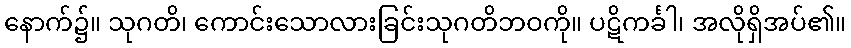
နောက်၌။ သုဂတိ၊ ကောင်းသောလားခြင်းသုဂတိဘဝကို။ ပဋိကင်္ခါ၊ အလိုရှိအပ်၏။